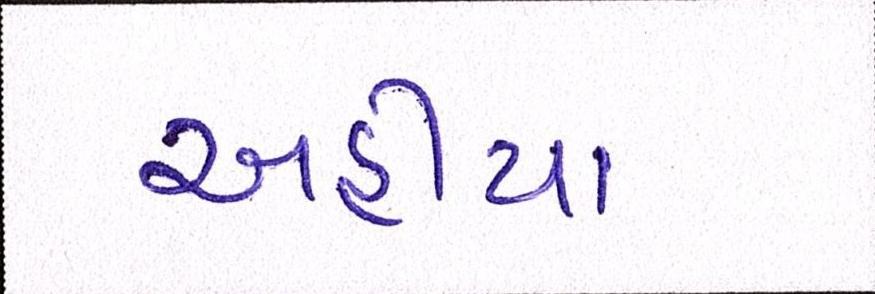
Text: અહીયા